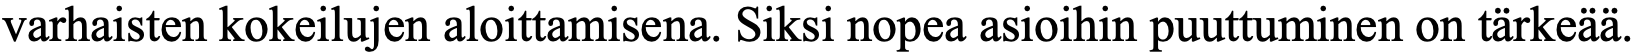
varhaisten kokeilujen aloittamisena. Siksi nopea asioihin puuttuminen on tärkeää.